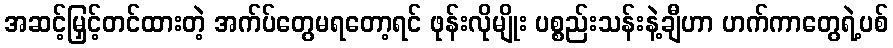
အဆင့်မြှင့်တင်ထားတဲ့ အက်ပ်တွေမရတော့ရင် ဖုန်းလိုမျိုး ပစ္စည်းသန်းနဲ့ချီဟာ ဟက်ကာတွေရဲ့ပစ်